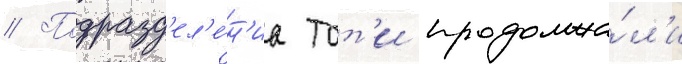
// Подразд'ел'е́н'иа тот'и продолжа́л'и